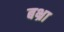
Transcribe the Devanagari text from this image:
बभ्रा